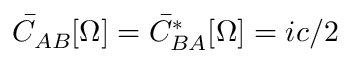
\bar { C } _ { A B } [ \Omega ] = \bar { C } _ { B A } ^ { * } [ \Omega ] = i c / 2